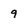
Character: 9